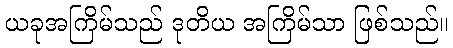
ယခုအကြိမ်သည် ဒုတိယ အကြိမ်သာ ဖြစ်သည်။